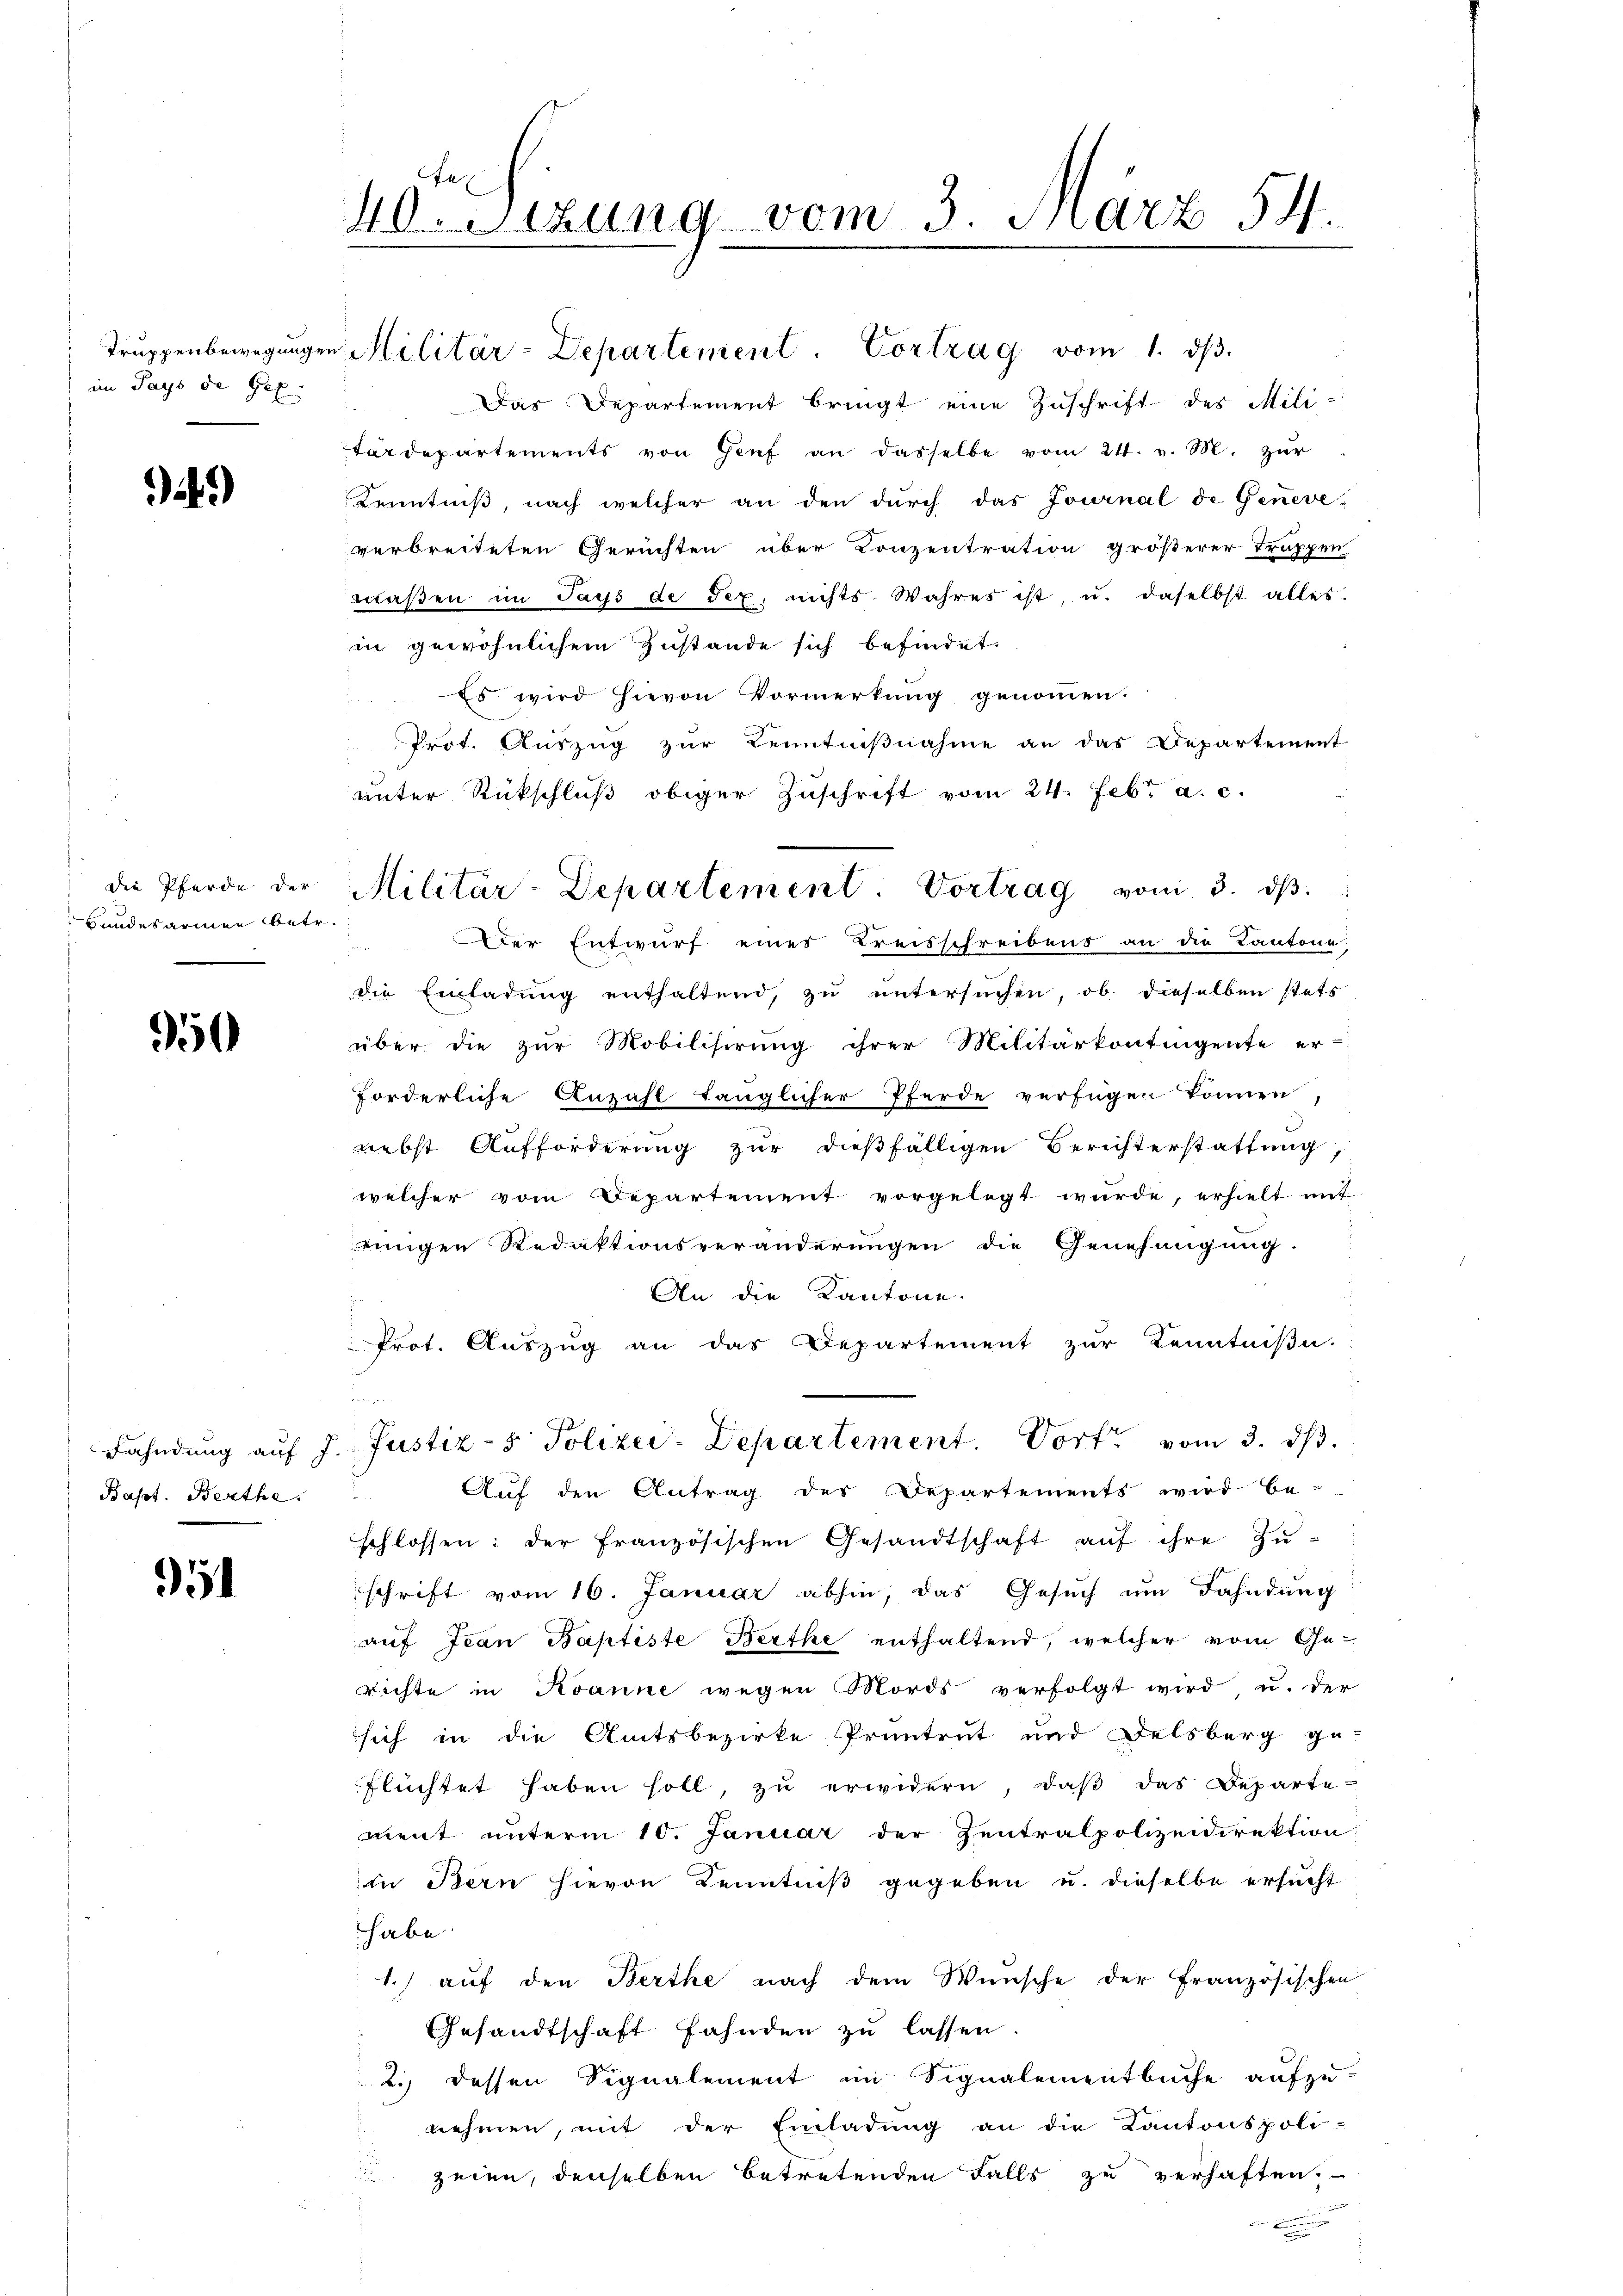
Truppenbewegungen
in Pays de Gef

)

die Pferde der
Bundesarmen betr.

0

Fahndung auf
Bapt. Berthe

.

40ten Sizung vom 3. März 54.

Das Departement bringt eine Zuschrift des Militärdepartements von Genf an dasselbe vom 24. v. M. zur
Kenntniß, nach welcher an den dŭrch das Journal de Geneve-
verbreiteten Gerichten über Conzentration größerer Trappen
maßen im Pays de der, nichts. Wahres ist, u. daselbst alles.
in gewöhnlichem Zustande sich befindet.
Es wird hievon Vormerkung genommen.
Prot. Auszug zur Kenntnißnahme an das Departement
unter Rückschluß obiger Zuschrift vom 24. Febr. a. c.
Der Entwurf eines Kreisschreibens an die Kantone;
.
die Einladŭng enthaltend, zu untersŭchen, ob dieselben stets
über die zŭr Mobilisirung ihrer Militärkontingente er-
forderliche Anzahl tänglicher Pferde verfügen können
nebst Aufforderung zur dießfälligen Berichterstattung,
welcher vom Departement vorgelegt wurde, erhielt mit
eingen Redaktionsveränderungen die Genehmigung.
An die Kantone.
Prot. Auszug an das Departement zur Kenntniße.
u
 Justiz- & Polizei-Departement. Vorte vom 3. ds.
Auf den Antrag des Departements wird be-
schlossen: der französischen Gesandtschaft aŭf ihre Zu-
schrift vom 16. Januar abhin, das Gesŭch ŭm Fahndung
auf Jean Baptiste Berthe enthaltend, welcher vom Gerichte in Kanne wegen Mords verfolgt wird u. der
sich in die Amtsbezirke Pruntrut und Delsberg ge-
flüchtet haben soll, zu erwidern, daβ das Departe-
ment unterm 10. Januar der Zentralpolizeidirektion
in Bern hievon Kenntniß gegeben u. dieselbe ersucht
habe.
1.) auf den Berthe nach dem Wünsche der französischen
Gesandtschaft Fahnden zu lassen
2.) dessen Signalement im Signalementbuche aufzu-
nehmen, mit der Einladung an die Kantonspoli-
zeien, denselben betretenden Falls zu verhaften.

Militär-Departement. Vortrag vom 1. dβ.

Militär-Departement. Vortrag vom 3. dβ.